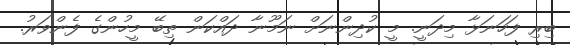
ބިރި ފަހަނަޅާ މިދަނީ. މީ ކުދިންނަށް ނަމޫނާ ދައްކަން ތިބޭ މީހުންގެ ފެންވަރު.